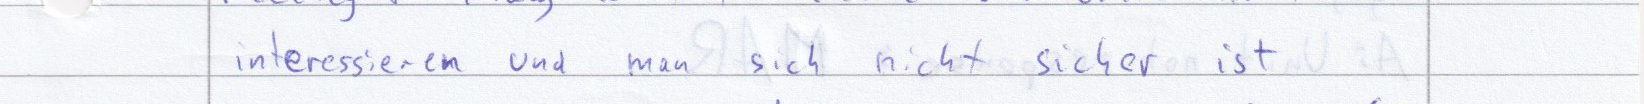
interessieren und man sich nicht sicher ist